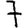
Digit: 7